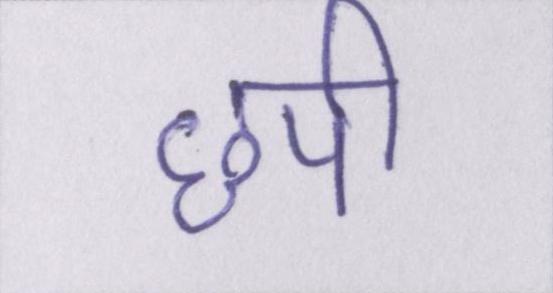
छपी